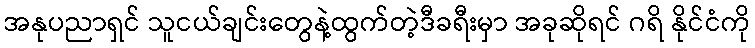
အနုပညာရှင် သူငယ်ချင်းတွေနဲ့ထွက်တဲ့ဒီခရီးမှာ အခုဆိုရင် ဂရိ နိုင်ငံကို